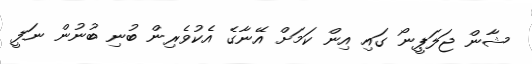
ޝާން ޖަލަޕީނޯ ގައި އިން ކަމަށް އޭނާގެ އެކުވެރިން ބުނި ބުނުން ނަފީ